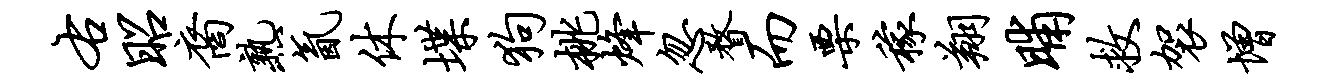
右昭裔熟氤休堞狗桃烽忽瞀而栗稼翔晡救袈增